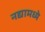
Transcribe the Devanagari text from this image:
नद्यामध्ये